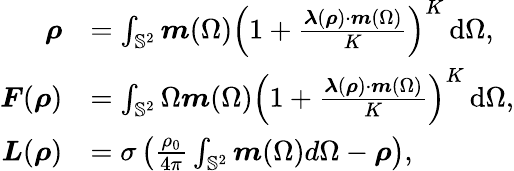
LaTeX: \begin{array}{rl}{\boldsymbol{\rho}}&{=\int_{\mathbb{S}^{2}}\boldsymbol{m}(\Omega)\left(1+\frac{\boldsymbol{\lambda}(\boldsymbol{\rho})\cdot\boldsymbol{m}(\Omega)}{K}\right)^{K}\, \mathrm{d}\Omega,}\\ {\boldsymbol{F}(\boldsymbol{\rho})}&{=\int_{\mathbb{S}^{2}}\Omega\boldsymbol{m}(\Omega)\left(1+\frac{\boldsymbol{\lambda}(\boldsymbol{\rho})\cdot\boldsymbol{m}(\Omega)}{K}\right)^{K}\, \mathrm{d}\Omega,}\\ {\boldsymbol{L}(\boldsymbol{\rho})}&{=\sigma\left(\frac{\rho_{0}}{4\pi}\int_{\mathbb{S}^{2}}\boldsymbol{m}(\Omega)d\Omega-\boldsymbol{\rho}\right),}\end{array}